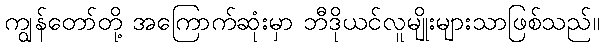
ကျွန်တော်တို့ အကြောက်ဆုံးမှာ ဘီဒိုယင်လူမျိုးများသာဖြစ်သည်။